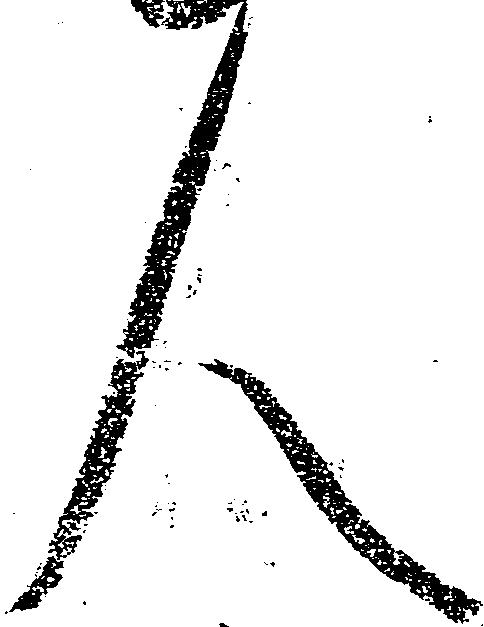
人